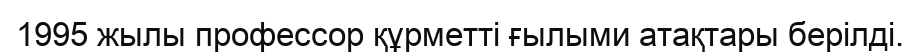
1995 жылы профессор құрметті ғылыми атақтары берілді.